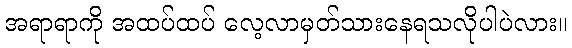
အရာရာကို အထပ်ထပ် လေ့လာမှတ်သားနေရသလိုပါပဲလား။